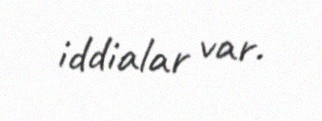
iddialar var.